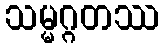
သမ္မဂ္ဂတဿ